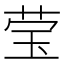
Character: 莹